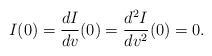
\begin{align*} I(0)=\frac{dI}{dv}(0)=\frac{d^2I}{dv^2}(0)=0.\end{align*}